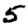
Digit: 5